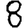
Digit: 8